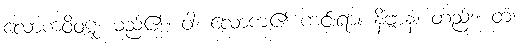
လောကဝိဝဋ္ဋံ၊ မည်၏။ ဝါ၊ လောက၏ ကင်းရာ။ နိဗ္ဗာနံ၊ တည်း။ တံ၊